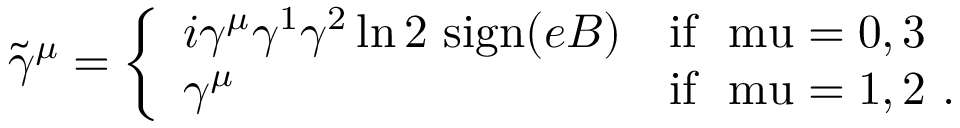
\tilde { \gamma } ^ { \mu } = \left\{ \begin{array} { l l } { { i \gamma ^ { \mu } \gamma ^ { 1 } \gamma ^ { 2 } \ln 2 ~ \mathrm { s i g n } ( e B ) } } & { { \mathrm { i f ~ \ m u = 0 , 3 ~ } } } \\ { { \gamma ^ { \mu } } } & { { \mathrm { i f ~ \ m u = 1 , 2 ~ } . } } \end{array} \right.